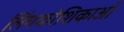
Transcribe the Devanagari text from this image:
लिंगकोशिकाओं